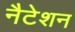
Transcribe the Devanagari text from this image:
नैटेशन